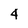
Character: 4